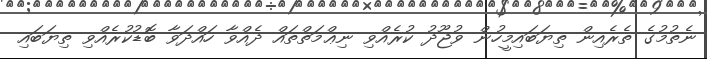
ނެތުމުގެ ތެރެއިން ތިޔަބައިމީހުން ވުޖޫދު ކުރެއްވި ނިޢްމަތްތައް ދެއްވާ ހައްދަވާ ބޮޑުކުރެއްވި ތިޔަބައި